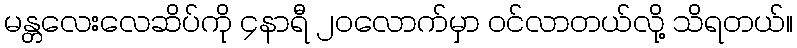
မန္တလေးလေဆိပ်ကို ၄နာရီ ၂၀လောက်မှာ ဝင်လာတယ်လို့ သိရတယ်။